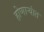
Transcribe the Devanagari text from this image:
होणार्‍यांत